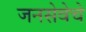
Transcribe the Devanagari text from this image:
जनसेवेचे